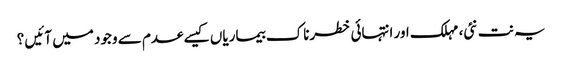
یہ نت نئی، مہلک اور انتہائی خطرناک بیماریاں کیسے عدم سے وجود میں آئیں ؟